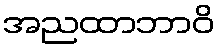
အညထာဘာဝိ